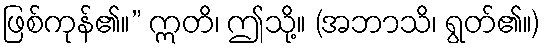
ဖြစ်ကုန်၏။” ဣတိ၊ ဤသို့။ (အဘာသိ၊ ရွတ်၏။)